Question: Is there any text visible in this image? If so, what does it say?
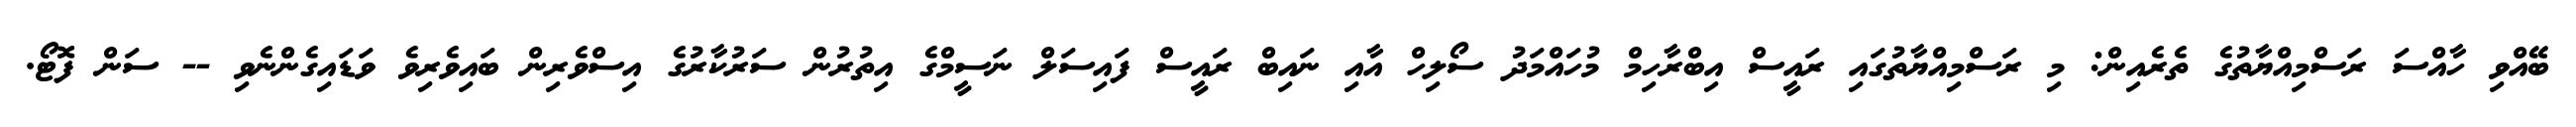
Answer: ބޭއްވި ހާއްސަ ރަސްމިއްޔާތުގެ ތެރެއިން: މި ރަސްމިއްޔާތުގައި ރައީސް އިބްރާހިމް މުހައްމަދު ސޯލިހް އާއި ނައިބް ރައީސް ފައިސަލް ނަސީމްގެ އިތުރުން ސަރުކާރުގެ އިސްވެރިން ބައިވެރިވެ ވަޑައިގެންނެވި -- ސަން ފޮޓޯ.